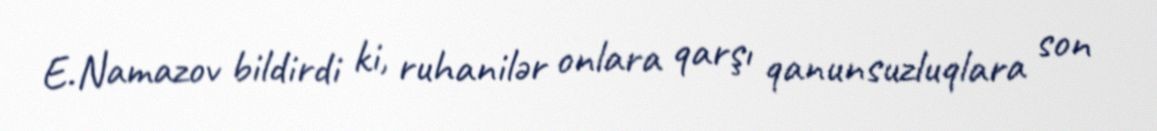
E.Namazov bildirdi ki, ruhanilər onlara qarşı qanunsuzluqlara son